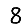
Digit: 8